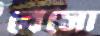
বেসো